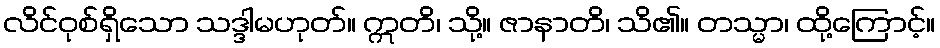
လိင်ဝုစ်ရှိသော သဒ္ဒါမဟုတ်။ ဣတိ၊ သို့။ ဇာနာတိ၊ သိ၏။ တသ္မာ၊ ထို့ကြောင့်။